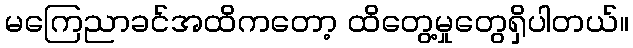
မကြေညာခင်အထိကတော့ ထိတွေ့မှုတွေရှိပါတယ်။